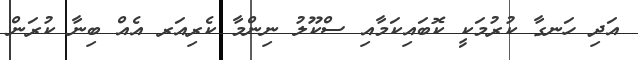
އަދި ހަނގާ ކުރުމަކީ ކޮބައިކަމާއި ސްކޫލު ނިންމާ ކެރިއަރ އެއް ބިނާ ކުރަން